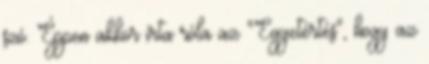
szó. Éppen akkor írta róla az "Egyetértés", hogy az